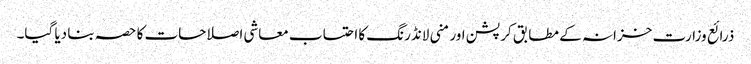
ذرائع وزارت خزانہ کے مطابق کرپشن اور منی لانڈرنگ کا احتساب معاشی اصلاحات کا حصہ بنا دیا گیا۔